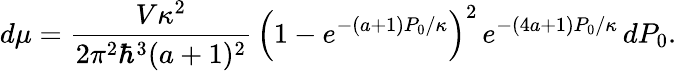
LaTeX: d\mu=\frac{V\kappa^{2}}{2\pi^{2}\hbar^{3}(a+1)^{2}}\, \left(1-e^{-(a+1)P_{0}/\kappa}\right)^{2}\, e^{-(4a+1)P_{0}/\kappa}\, dP_{0}.